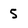
Character: 5